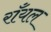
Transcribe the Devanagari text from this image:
राँयल